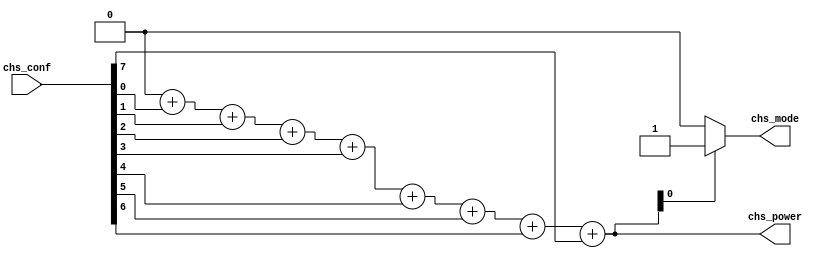
/*--  *******************************************************
--  Computer Architecture Course, Laboratory Sources 
--  Amirkabir University of Technology (Tehran Polytechnic)
--  Department of Computer Engineering (CE-AUT)
--  https://ce[dot]aut[dot]ac[dot]ir
--  *******************************************************
--  All Rights reserved (C) 2019-2020
--  *******************************************************
--  Student ID  : 
--  Student Name: 
--  Student Mail: 
--  *******************************************************
--  Additional Comments:
--
--*/

/*-----------------------------------------------------------
---  Module Name: Power Mode (Conting Ones)
---  Description: Module3: 
-----------------------------------------------------------*/
`timescale 1 ns/1 ns

module ModePower (
	input  [7:0] chs_conf  , // degree [temprature] 
	output reg [3:0] chs_power , // power  [cooler/heater] 
	output reg       chs_mode    // model  [heat=1/cool=0]
);

	integer i;

	always@(chs_conf)
	begin
		 chs_power = 0;  //initialize count variable.
		 for(i=0;i<8;i=i+1)   //for all the bits.
			  chs_power = chs_power + chs_conf[i]; //Add the bit to the count.
			  
		 if(chs_power[0])
			chs_mode = 1;
		 else
			chs_mode = 0;
	end

endmodule